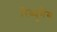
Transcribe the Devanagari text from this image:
रिव्युगैंग